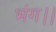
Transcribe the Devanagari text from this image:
भंग।।